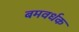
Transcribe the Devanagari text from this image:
बमवर्धक